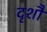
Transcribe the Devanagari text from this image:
दृशौ